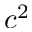
c ^ { 2 }